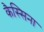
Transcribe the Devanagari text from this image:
कैस्सिना